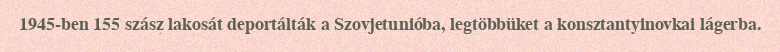
1945-ben 155 szász lakosát deportálták a Szovjetunióba, legtöbbüket a konsztantyinovkai lágerba.